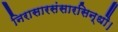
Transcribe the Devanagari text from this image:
निरासारसंसारसिन्धौ।